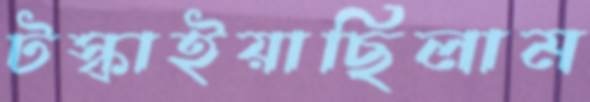
টস্‌কাইয়াছিলাম